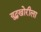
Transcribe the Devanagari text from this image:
युद्धखोरीला